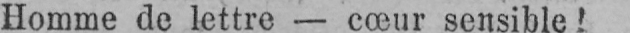
Homme de lettre - cœur sensible!